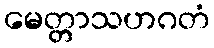
မေတ္တာသဟဂတံ